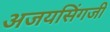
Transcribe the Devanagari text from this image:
अजयसिंगजी